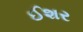
ઈશર